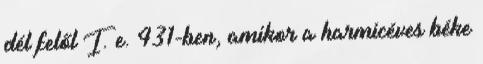
dél felől I. e. 431-ben, amikor a harmicéves béke